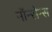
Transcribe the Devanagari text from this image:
नॉन्सेन्स